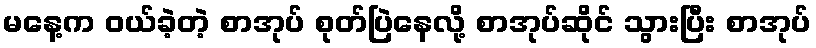
မနေ့က ဝယ်ခဲ့တဲ့ စာအုပ် စုတ်ပြဲနေလို့ စာအုပ်ဆိုင် သွားပြီး စာအုပ်